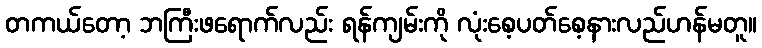
တကယ်တော့ ဘကြီးဖရောက်လည်း ရန်ကျမ်းကို လုံးစေ့ပတ်စေ့နားလည်ဟန်မတူ။